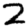
Digit: 2